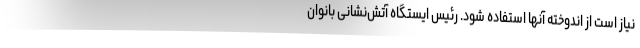
نیاز است از اندوخته آنها استفاده شود. رئیس ایستگاه آتش‌نشانی بانوان